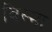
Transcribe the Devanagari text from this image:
विस्मा